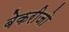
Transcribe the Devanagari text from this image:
बेकरीजो